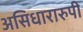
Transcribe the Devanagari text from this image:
असिधारारुपी